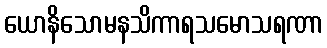
ယောနိသောမနသိကာရသမောသရဏာ